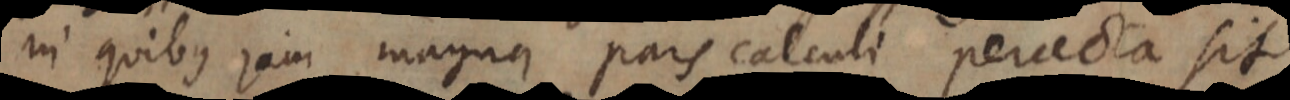
in quibus jam magna pars calculi peracta sit.